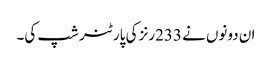
ان دونوں نے 233رنز کی پارٹنر شپ کی۔